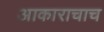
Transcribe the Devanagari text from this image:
आकाराचाच